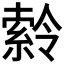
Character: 𪟹